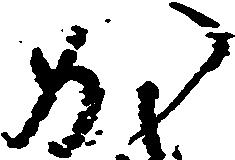
か